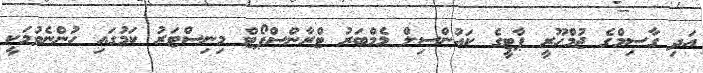
އަދި ގާސިމްގެ ޖުމްހޫރީ ޕާޓީގެ ކައުންސިލް މެމްބަރު ޓްރާންސްޕޯޓް މިނިސްޓަރު ކަމުގައި ހުންނެވުމަކީ